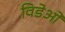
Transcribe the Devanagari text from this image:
विडेओ